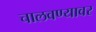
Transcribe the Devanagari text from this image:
चालवण्यावर